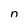
Character: n